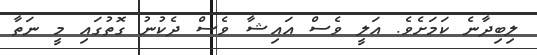
ލިބިދާނެ ކަމަށެވެ. އަލީ ވެސް އައިޝާ ވެސް ދެކުނު ގޮތުގައި މީ ނަތާ